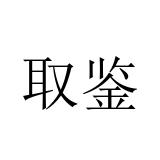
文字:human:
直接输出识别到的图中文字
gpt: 取鉴